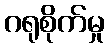
ဂရုစိုက်မှု